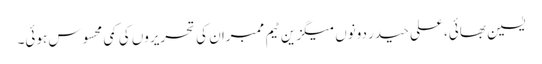
یٰسین بھائی، علی حیدر دونوں میگزین ٹیم ممبران کی تحریروں کی کمی محسوس ہوئی۔